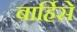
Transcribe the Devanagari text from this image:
बार्हिसे